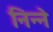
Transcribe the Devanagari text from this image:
निन्ने